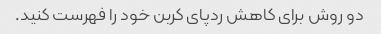
دو روش برای کاهش ردپای کربن خود را فهرست کنید.